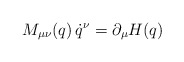
\begin{align*}M_{\mu \nu}(q) \, \dot q^\nu = \partial_\mu H(q)\end{align*}